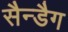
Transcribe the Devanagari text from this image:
सैन्डैग